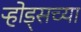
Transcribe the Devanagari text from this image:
ऱ्होड्सच्या